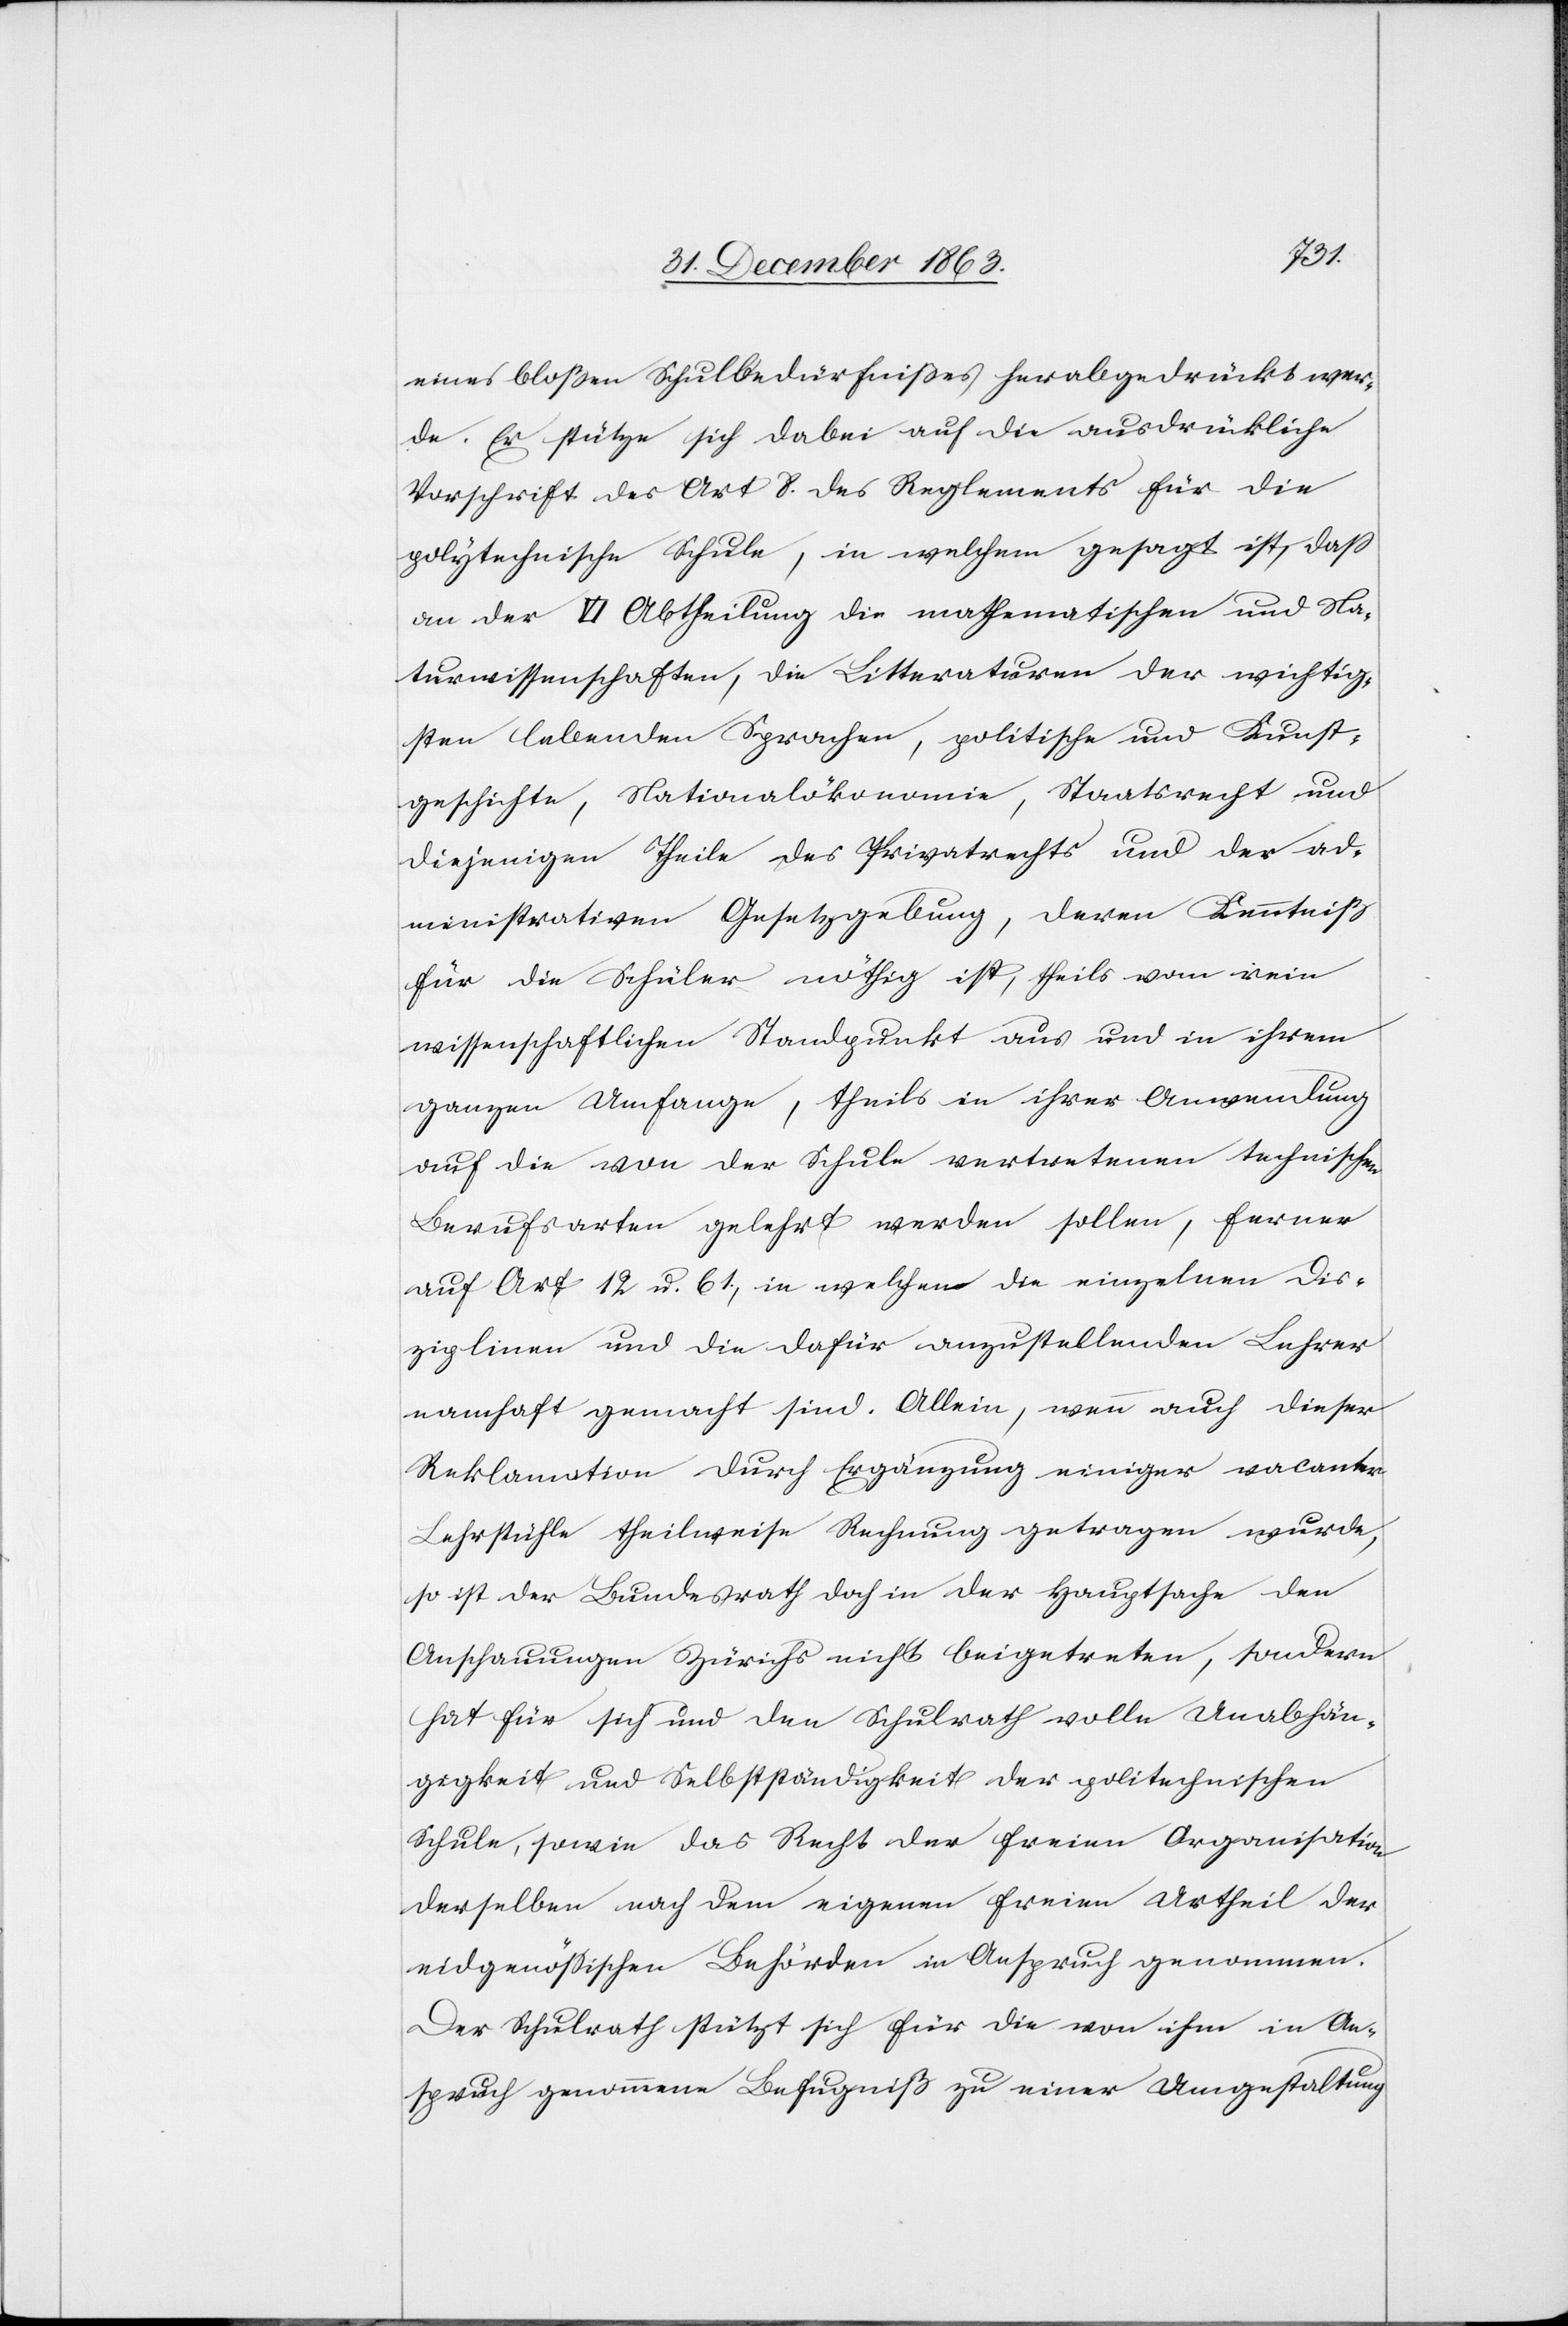
eines bloßen Schulbedürfnißes herabgedrückt wer¬
de. Er stützte sich dabei auf die ausdrückliche
Vorschrift des Art 8. des Reglements für die
polytechnische Schule, in welchem gesagt ist, dass
an der VI Abtheilung die mathematischen und Na¬
turwissenschaften, die Litteraturen der wichtig¬
sten lebenden Sprachen, politische und Kunst¬
geschichte, Nationalökonomie, Staatsrecht und
diejenigen Theile des Privatrechts und der ad¬
ministrativen Gesetzgebung, deren Kenntniß
für die Schüler nöthig ist, theils vom rein
wissenschaftlichen Standpunkt aus und in ihrem
ganzen Umfange, theils in ihrer Anwendung
auf die von der Schule vertretenen technischen
Berufsarten gelehrt werden sollen, ferner
auf Art 12 u. 61., in welchen die einzelnen Dis¬
ziplinen und die dafür anzustellenden Lehrer
namhaft gemacht sind. Allein, wenn auch dieser
Reklamation durch Ergänzung einiger vacanter
Lehrstühle theilweise Rechnung getragen wurde,
so ist der Bundesrath doch in der Hauptsache den
Anschauungen Zürichs nicht beigetreten, sondern
hat für sich und den Schulrath volle Unabhän¬
gigkeit und Selbstständigkeit der politechnischen
Schule, sowie das Recht der freien Organisation
derselben nach dem eigenen freien Urtheil der
eidgenössischen Behörden in Anspruch genommen.
Der Schulrath stützt sich für die von ihm in An¬
spruch genommene Befugniß zu einer Umgestaltung